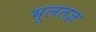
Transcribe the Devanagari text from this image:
भूलतज्ञ